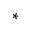
\ast